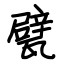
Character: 甓